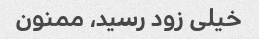
خیلی زود رسید، ممنون